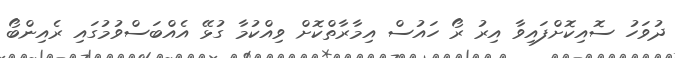
ދުވަހު ސޮއިކޮށްފައިވާ އިރު ރޯ ހައުސް އިމާރާތްކޮށް ވިއްކުމާ ގުޅޭ އެއްބަސްވުމުގައި ރެއިންބޯ